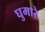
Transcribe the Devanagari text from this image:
घुमारे